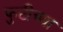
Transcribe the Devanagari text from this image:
फुटीच्या